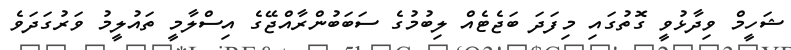
ޝަހީމް ވިދާޅުވީ ގޮތުގައި މިފަދަ ބަޖެޓެއް ލިބުމުގެ ސަބަބުންރާއްޖޭގެ އިސްލާމީ ތައުލީމު ވަރުގަދަވެ